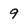
Character: 9